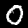
Digit: 0